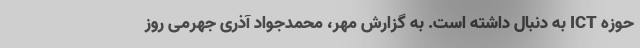
حوزه ICT به دنبال داشته است. به گزارش مهر، محمدجواد آذری جهرمی روز